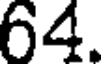
64.